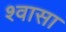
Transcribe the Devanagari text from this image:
श्वासा